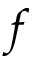
f